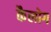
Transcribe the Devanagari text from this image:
कैलोग